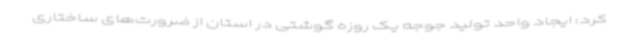
کرد: ایجاد واحد تولید جوجه یک روزه گوشتی در استان از ضرورت‌های ساختاری